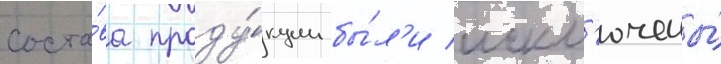
соста́ва проду́кции бы́л'и искл'ючены́